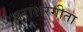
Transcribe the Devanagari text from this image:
पराशरगीता